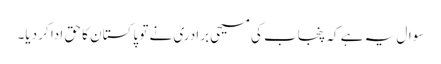
سوال یہ ہے کہ پنجاب کی مسیحی برادری نے تو پاکستان کا حق ادا کر دیا۔